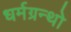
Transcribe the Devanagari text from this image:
धर्मग्रन्थो